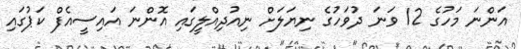
އަންނަ މަހުގެ 12 ވަނަ ދުވަހުގެ ނިޔަލަށް ނިއުދިއްލީގައި އޮންނަ އައިސީއެފް ކަޕުގައި